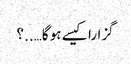
گزارا کیسے ہو گا…..؟